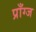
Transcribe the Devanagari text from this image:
प्राँग्ज